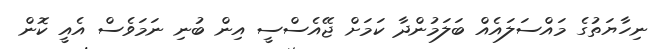
ނިހާޔަތުގެ މައްސަލައެއް ބަލަމުންދާ ކަމަށް ޖޭއެސްސީ އިން ބުނި ނަމަވެސް އެއީ ކޮން